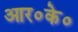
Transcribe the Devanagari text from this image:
आर०के०